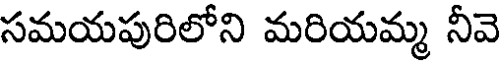
సమయపురిలోని మరియమ్మ నీవె